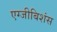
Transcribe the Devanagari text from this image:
एग्जीबिशंस